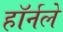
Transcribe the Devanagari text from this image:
हॉर्नले